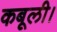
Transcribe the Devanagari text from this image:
कबूली।